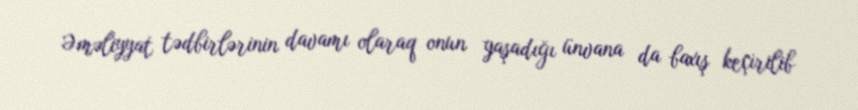
Əməliyyat tədbirlərinin davamı olaraq onun yaşadığı ünvana da baxış keçirilib